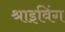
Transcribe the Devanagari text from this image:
श्राइविंग